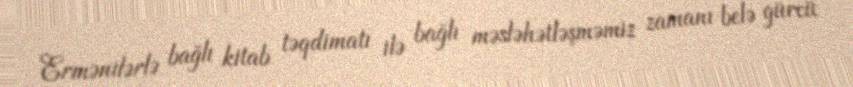
Ermənilərlə bağlı kitab təqdimatı ilə bağlı məsləhətləşməmiz zamanı belə gürcü